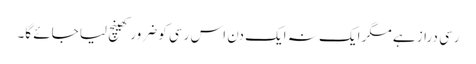
رسی دراز ہے مگر ایک نہ ایک دن اس رسی کو ضرور کھینچ لیا جائے گا۔